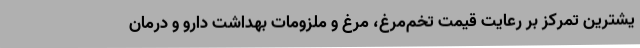
یشترین تمرکز بر رعایت قیمت تخم‌مرغ، مرغ و ملزومات بهداشت دارو و درمان